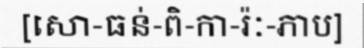
[សោ-ធន់-ពិ-កា-រ៉ៈ-ភាប]